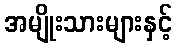
အမျိုးသားများနှင့်